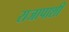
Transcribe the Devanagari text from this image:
राजापाशी